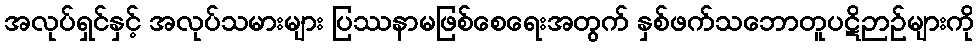
အလုပ်ရှင်နှင့် အလုပ်သမားများ ပြဿနာမဖြစ်စေရေးအတွက် နှစ်ဖက်သဘောတူပဋိဉာဉ်များကို